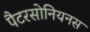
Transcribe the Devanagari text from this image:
पैटरसोनियनस